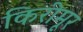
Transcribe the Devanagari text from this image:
किरीमूर